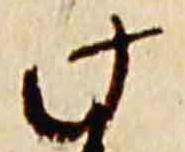
此